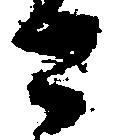
と